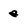
Character: e